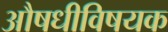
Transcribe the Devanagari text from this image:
औषधीविषयक